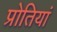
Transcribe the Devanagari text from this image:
प्रोतियां